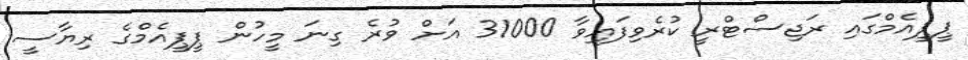
ޕީޕީއެމްގައި ރަޖިސްޓްރީ ކުރެވިފައިވާ 31000 އަށް ވުރެ ގިނަ މީހުން ޕީޕީއެމްގެ ރިޔާސީ